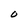
Character: O